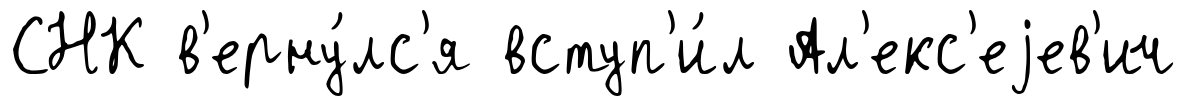
СНК в'ерну́лс'я вступ'и́л Ал'екс'еjев'ич